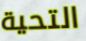
التحية